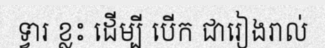
ទ្វារ ខ្លះ ដើម្បី បើក ជារៀងរាល់